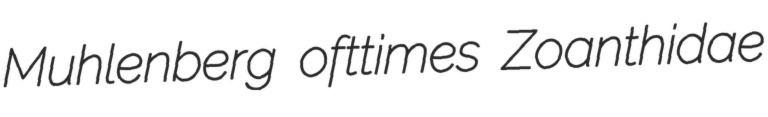
Muhlenberg ofttimes Zoanthidae